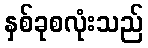
နှစ်ခုစလုံးသည်